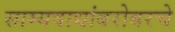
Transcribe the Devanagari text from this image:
साम्यवाद्यांबरोबरचे